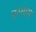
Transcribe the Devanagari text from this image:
वरगास